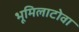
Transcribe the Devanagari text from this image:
भूमिलाटोवा